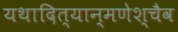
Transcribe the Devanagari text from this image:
यथादित्यान्मणेश्चैव